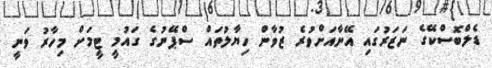
ޑެލްބޮސްކޭގެ ނަޒަރުގައި އޭނާއަށްވުރެ ޒުވާން ހިޔާލުތައްް ސްޕޭނުގެ ގައުމީ ޓީމަށް މިހާރު ވަނީ